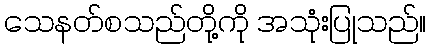
သေနတ်စသည်တို့ကို အသုံးပြုသည်။